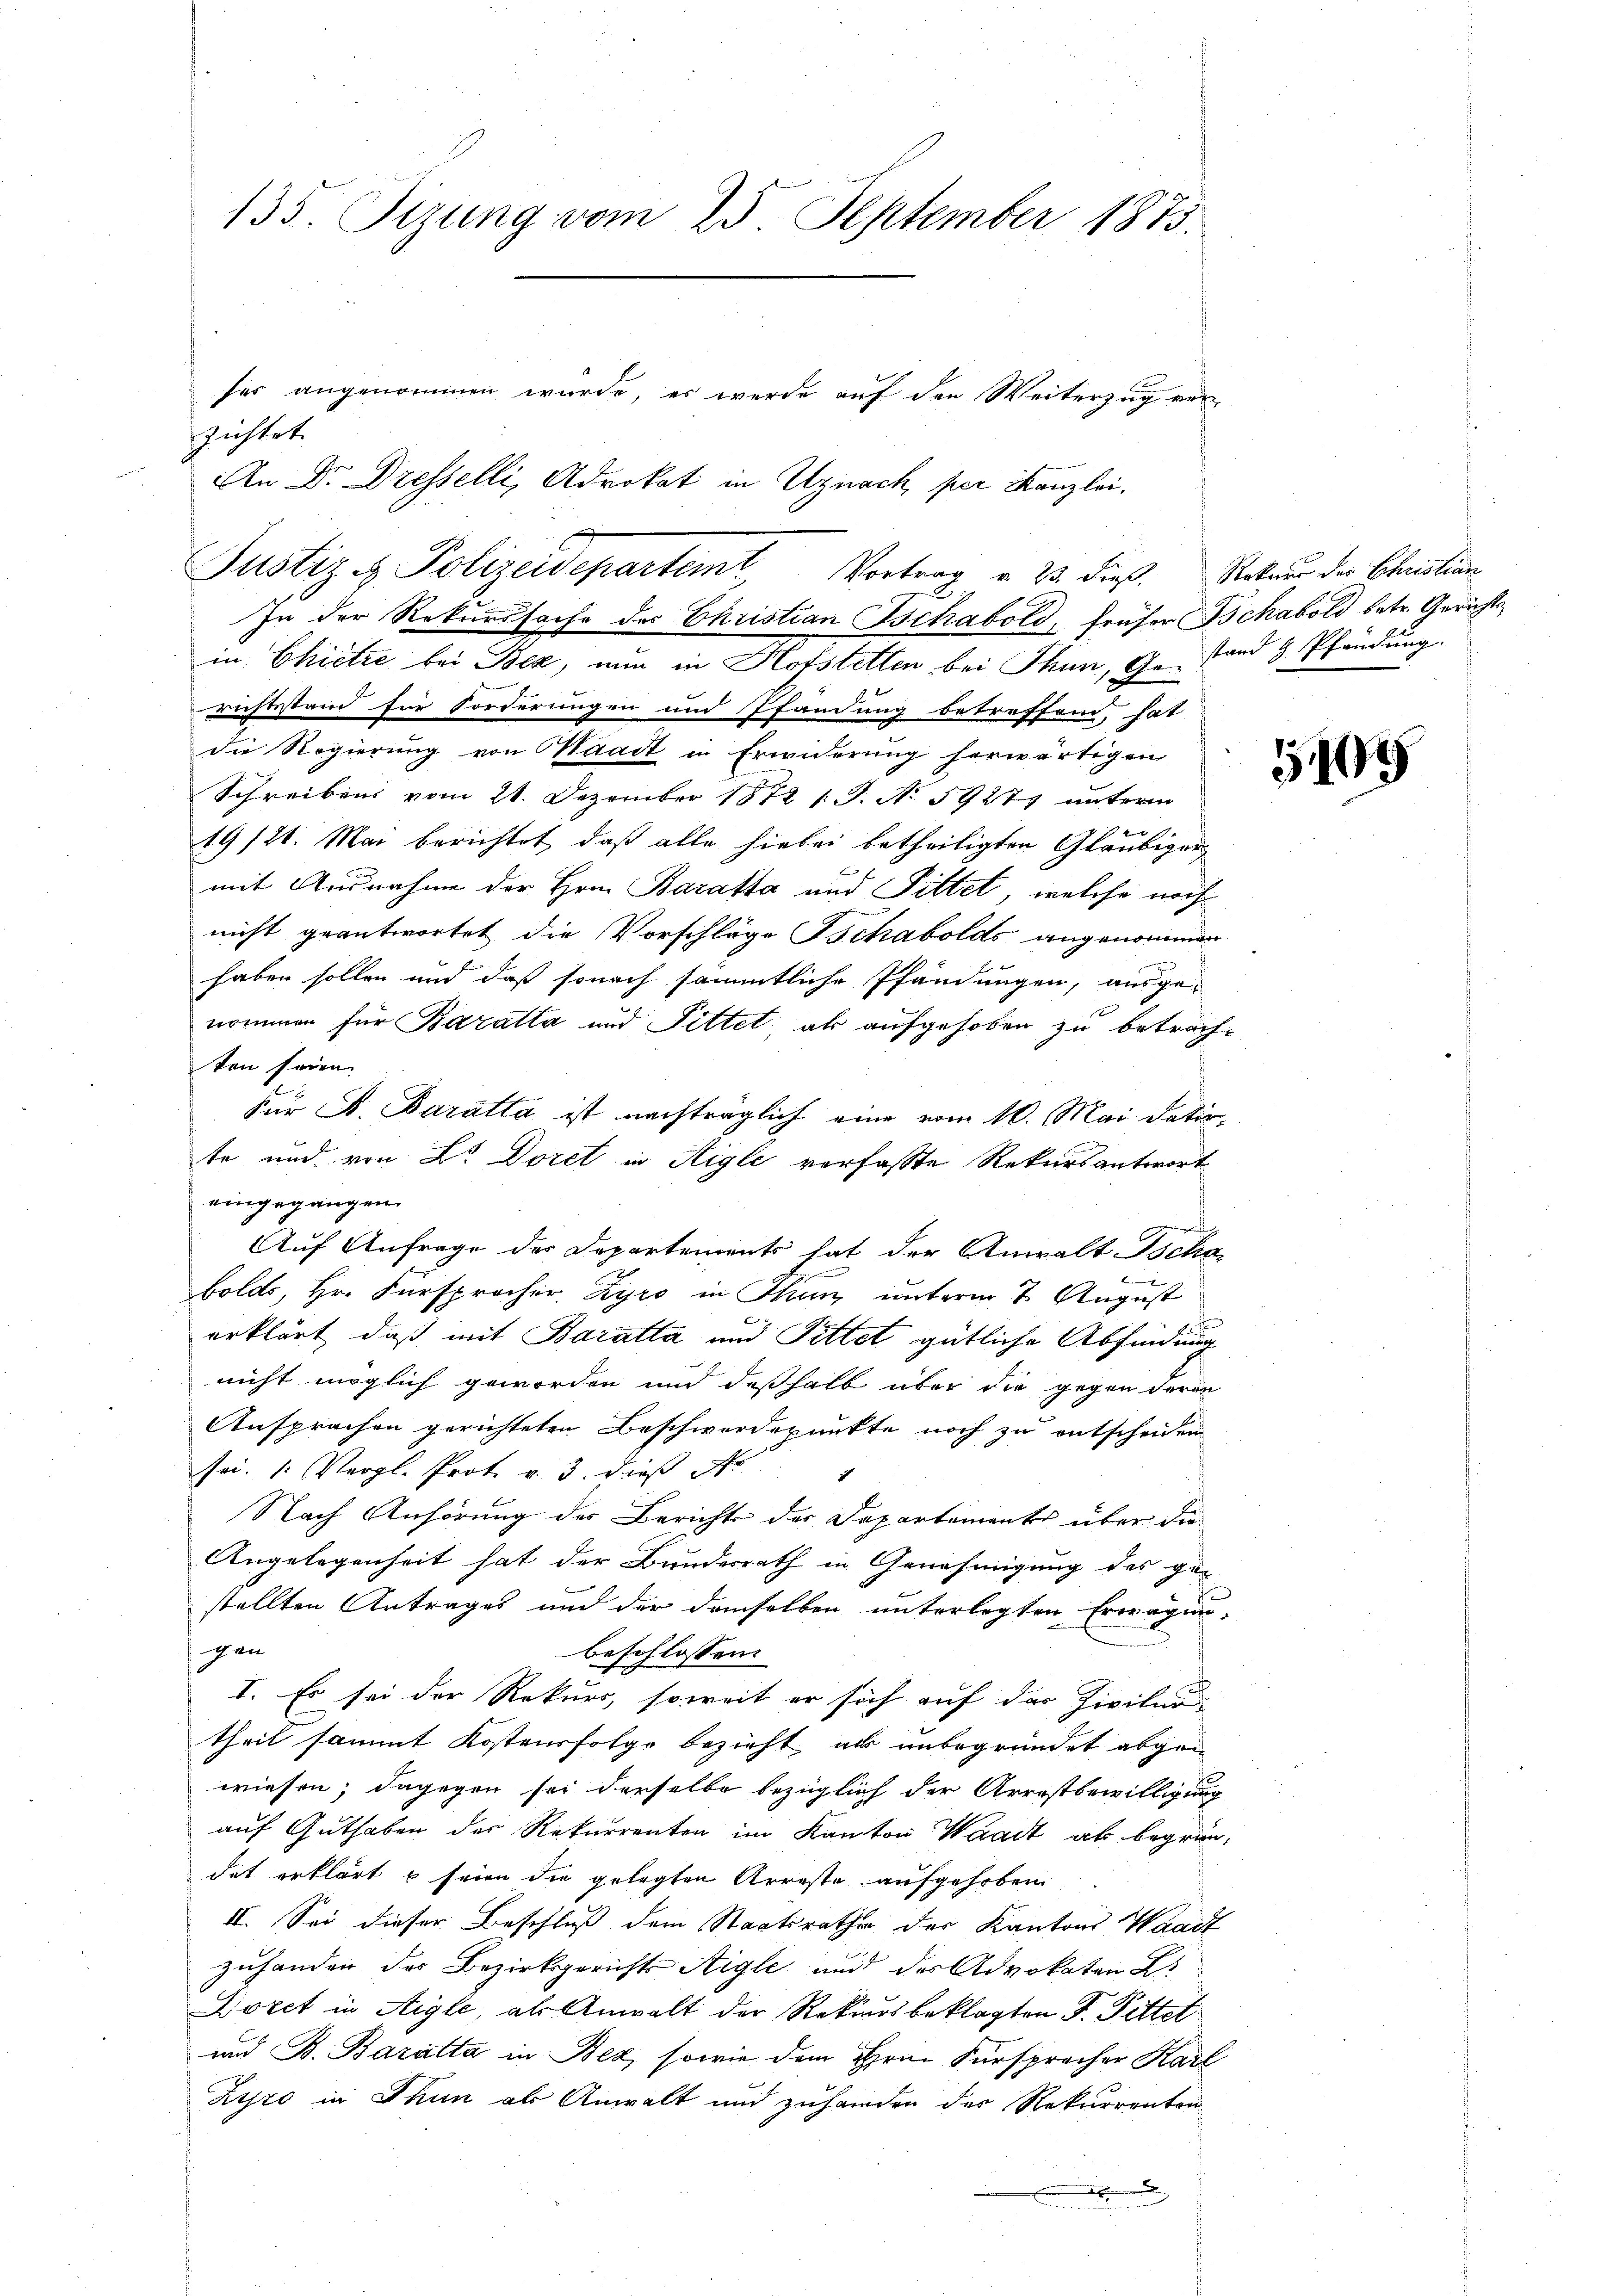
135. Sizung vom 25. September 1875.

zichtet.
In der Rekurssache des Christian Tschabold, früher Tschabold betr. Gerichtsin Chietze bei Bez, nun in Hofstellen bei Thun, Gefand 8 Pfändung.
richtsstand für Forderungen und Pfändung betreffend, hat
die Regierung von Waadt in Erwiderung herwärtigen
Schreibens vom 21. Dezember 1872 s. S. No. 5927 unterm
19/21. Mai berichtet, daß alle hiebei betheiligten Gläubiger
mit Ausnahme der Hrn. Baratta und Pittet, welche noch
nicht geantwortet die Vorschläge Ischabolds angenommen
haben sollen und daß sonach sämmtliche Pfändungen, ausgex
nommen für Baratta und Pittet, als aufgehoben zu betrach-
ten seien.
Für F. Baratta ist nachträglich eine vom 10. Mai datir
te und von Dr. Doret in Aigle verfasste Rekursantwort
eingegangen.
d
Auf Anfrage des Departements hat der Anwalt Ischa
.
bolds, Hr. Fürsprocher Zyro in Stanz unterm 7. August
erklärt, daß mit Baratta und Pittet gütliche Abfindung
nicht möglich geworden und deßhalb über die gegen deran
Ansprachen gerichteten Beschwerdepunkte noch zu entscheiden
sei. 1. Vergl. Prot. v. 3. dieß Nr 1
Nach Anhörung der Berichte der Departements über die
Angelegenheit hat der Bundesrath in Genehmigung des ge-
stellten Antrages und der demselben unterlegten Erwägun-
gen
eschlossen:
tr
I. Es sei der Rekurs, soweit er sich auf der Zivilur
theil sammt Kostensfolge bezieht als unbegründet abgewiesen; dagegen sei derselbe bezüglich der Arrestbewilligung
auf Guthaben der Rekurrenten im Kanton Waadt als begründat erklärt u seien die gelegten Arreste aufgehoben
II. Sei dieser Beschluß dem Staatsrathe der Kantons Waadt
zuhanden des Bezirksgerichts Aigle und des Advokaten L
Doret in Aigle, als Anwalt der Rekursbeklagten F. Pittet
und B. Baratta in Bez, sowie dem Hrn. Fürspracher Karl
Zyro in Thun als Anwalt und zuhanden des Rekurrenten

Justiz & Polizeidepartemt, Vortrag u. 23. dieß. Rekurs der Christian

An Dr. Dresselli, Advokat in Uznach per Kanzlei,

ses angenommen wurde, es werde auf den Weiterzug ver¬

505